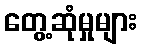
တွေ့ဆုံမှုများ